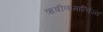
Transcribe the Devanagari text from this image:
ऋषीणामार्त्विज्यं